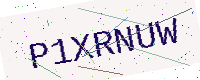
Text: P1XRNUW